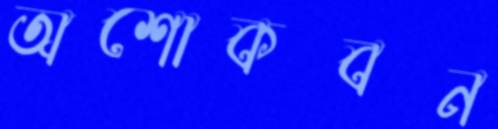
অশোকবন